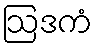
ဩဒကံ